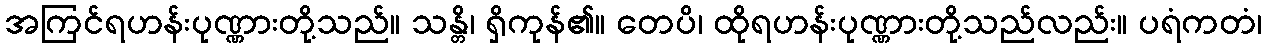
အကြင်ရဟန်းပုဏ္ဏားတို့သည်။ သန္တိ၊ ရှိကုန်၏။ တေပိ၊ ထိုရဟန်းပုဏ္ဏားတို့သည်လည်း။ ပရံကတံ၊